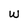
Character: W